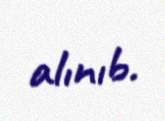
alınıb.